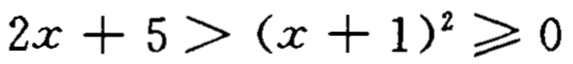
$2x + 5 > (x + 1)^2 \geqslant 0$